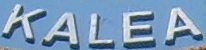
KALEA